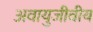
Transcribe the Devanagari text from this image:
अवायुजीवीय